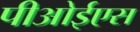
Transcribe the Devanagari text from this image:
पीओईएस